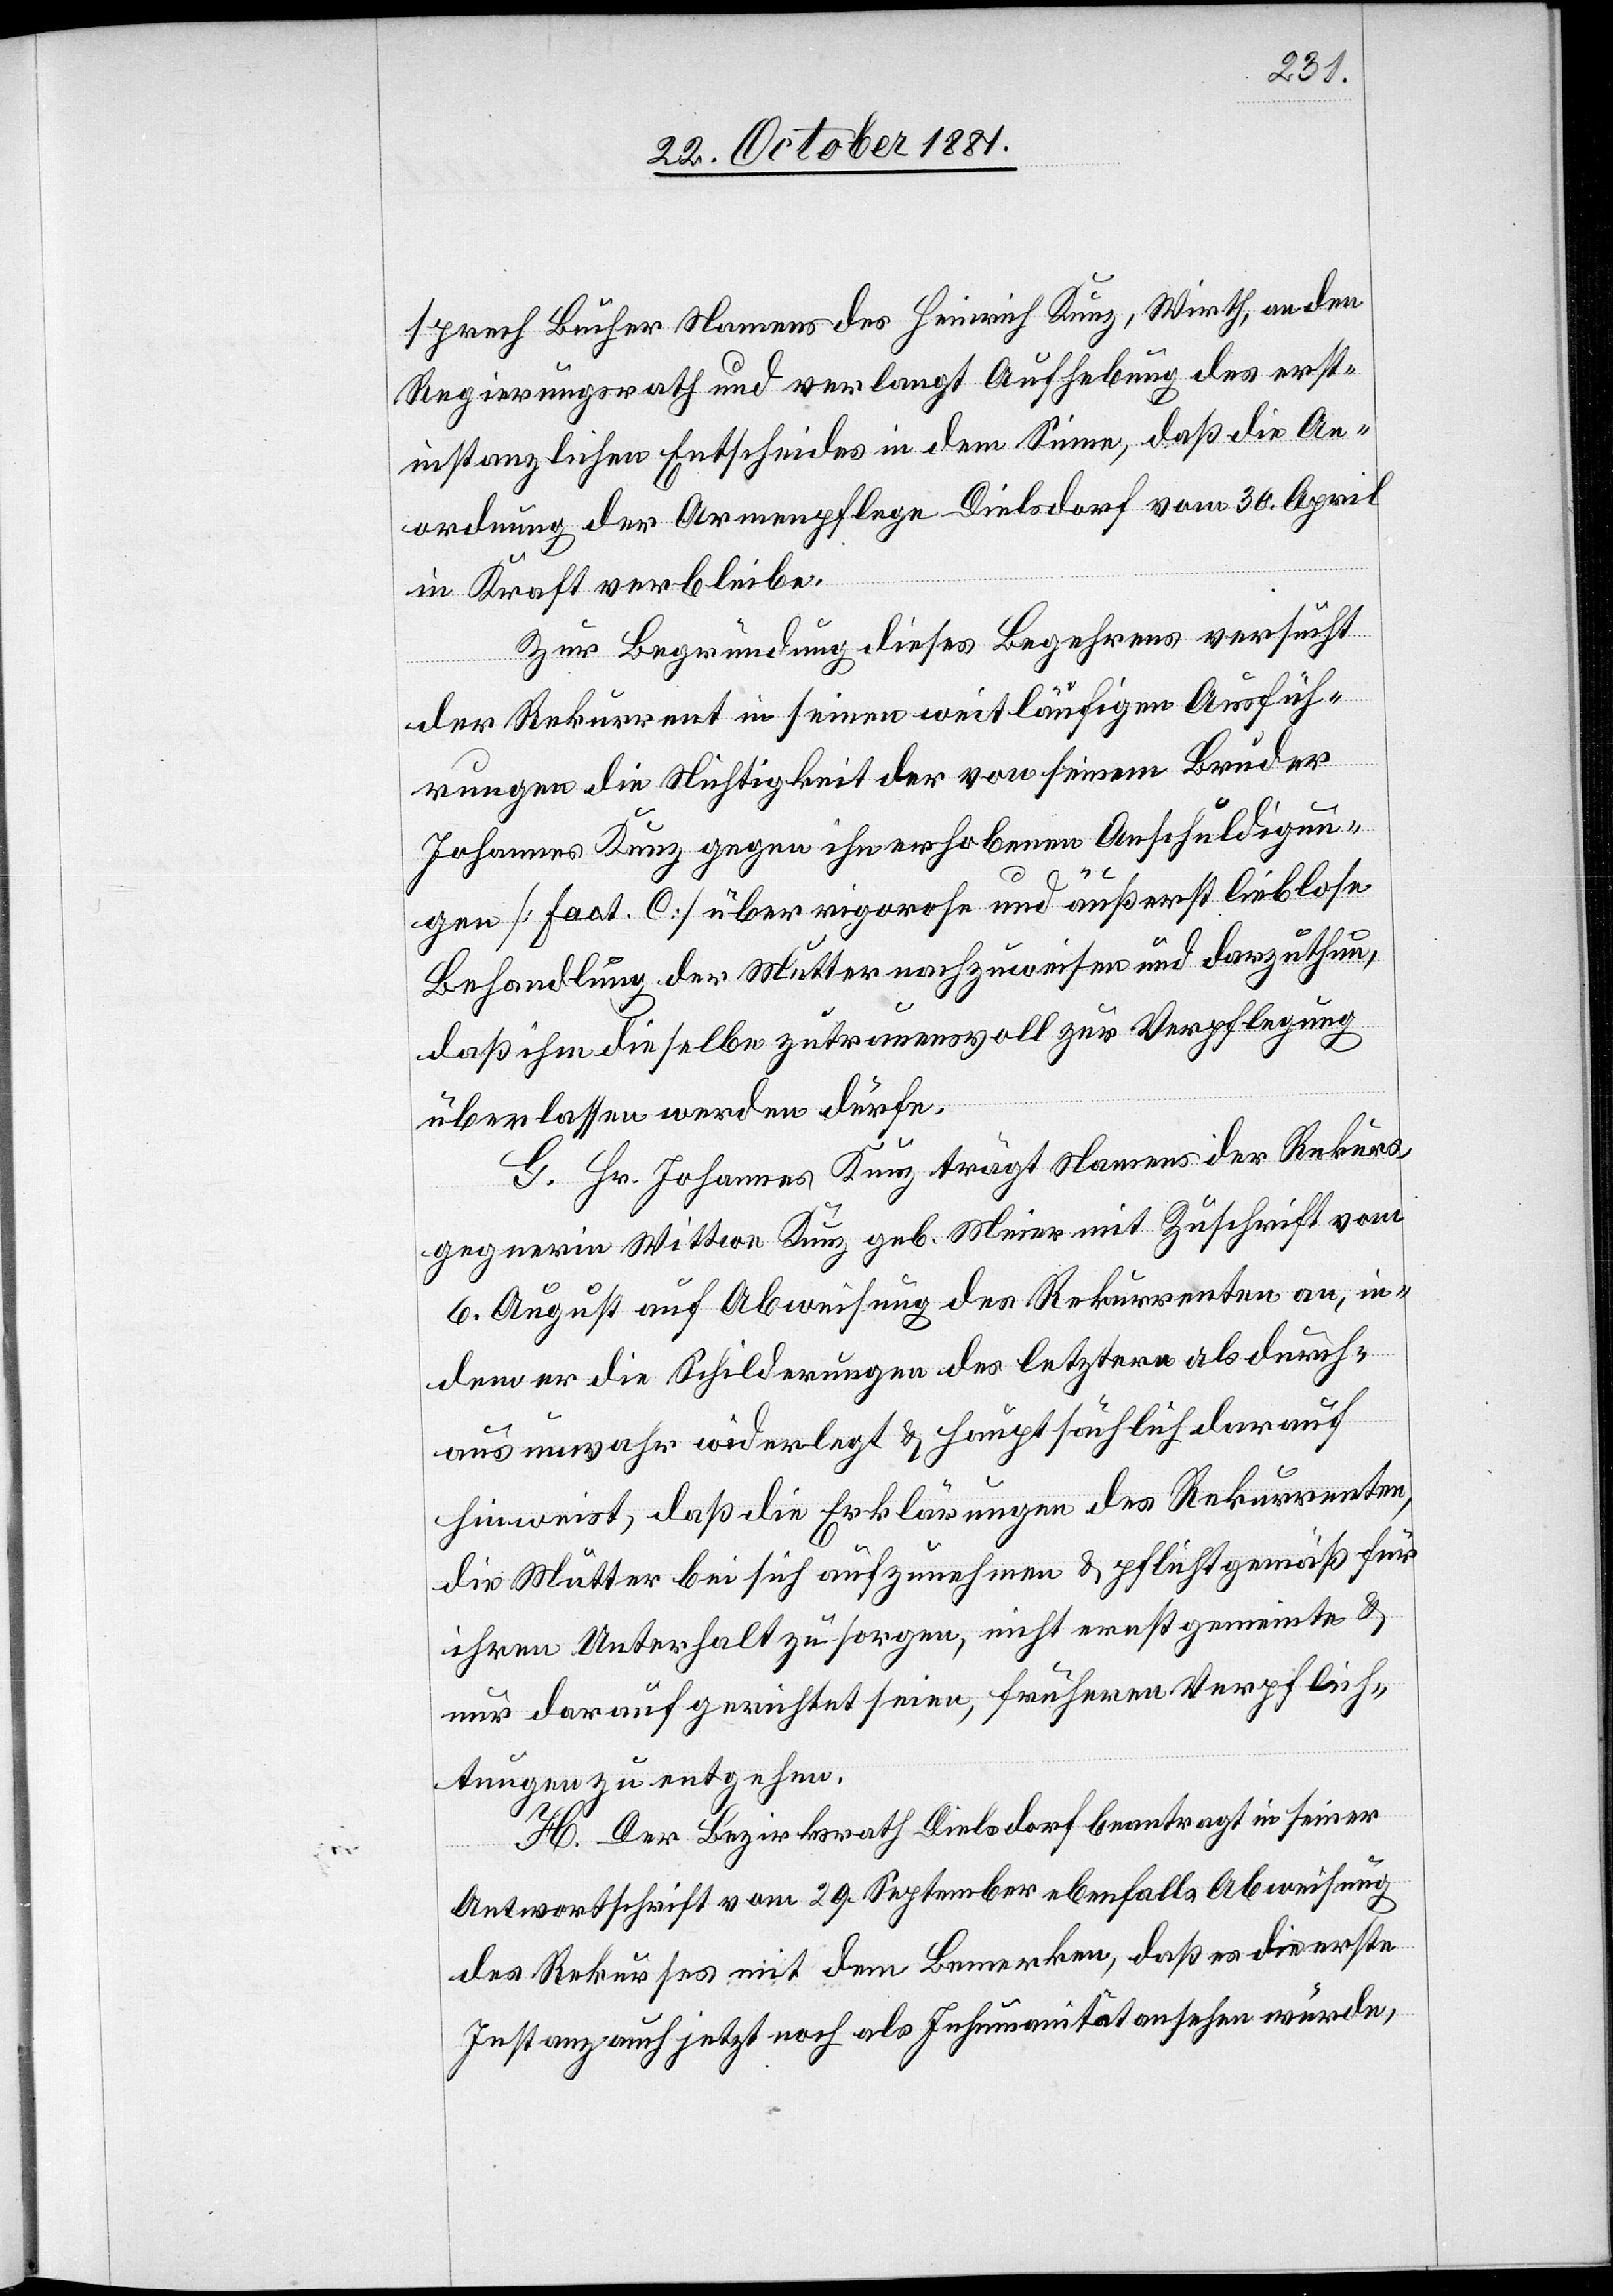
sprech Bucher Namens des Heinrich Kunz, Wirth, an den
Regierungsrath und verlangt Aufhebung des erst¬
instanzlichen Entscheides in dem Sinne, daß die An¬
ordnung der Armenpflege Dielsdorf vom 30. April
in Kraft verbleibe.
Zur Begründung dieses Begehrens versucht
der Rekurrent in seinen weitläufigen Ausfüh¬
rungen die Nichtigkeit der von seinem Bruder
Johannes Kunz gegen ihn erhobenen Anschuldigun¬
gen [Fact. C] über rigorose und äußerst lieblose
Behandlung der Mutter nachzuweisen und darzuthun,
daß ihm dieselbe zutrauensvoll zur Verpflegung
überlassen werden dürfe.
G. Hr. Johannes Kunz trägt Namens der Rekurs¬
gegnerin Wittwe Kunz geb. Meier mit Zuschrift vom
6. August auf Abweisung des Rekurrenten an, in
dem er die Schilderungen des letztern als durch¬
aus unwahr widerlegt & hauptsächlich darauf
hinweist, daß die Erklärungen des Rekurrenten,
die Mutter bei sich aufzunehmen & pflichtgemäß für
ihren Unterhalt zu sorgen, nicht ernst gemeinte &
nur darauf gerichtet seien, früheren Verpflich¬
tungen zu entgehen.
H. Der Bezirksrath Dielsdorf beantragt in seiner
Antwortschrift vom 29. September ebenfalls Abweisung
des Rekurses mit dem Bemerken, daß es die erste
Instanz auch jetzt noch als Inhumanität ansehen würde,